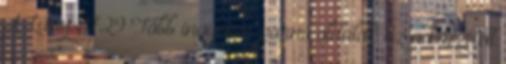
A Lány21729 Több ingyenes pornó oldalak Ez a közzétett